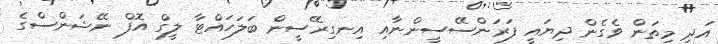
އަދި މިތަން ވެގެން ދިޔައީ ފަރަންސޭސީންނާއި އިނގިރޭސީން ބަލަހައްޓާ ލީގް އޮފް ނޭޝަންސްގެ